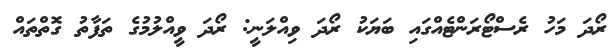
ރޯދަ މަހު ރެސްޓޯރަންޓެއްގައި ބަޔަކު ރޯދަ ވިއްލަނީ: ރޯދަ ވީއްލުމުގެ ތަފާތު ގޮތްތައް